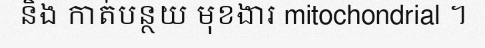
និង កាត់បន្ថយ មុខងារ mitochondrial ។